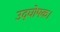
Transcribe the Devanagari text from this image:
उद्घोषक।